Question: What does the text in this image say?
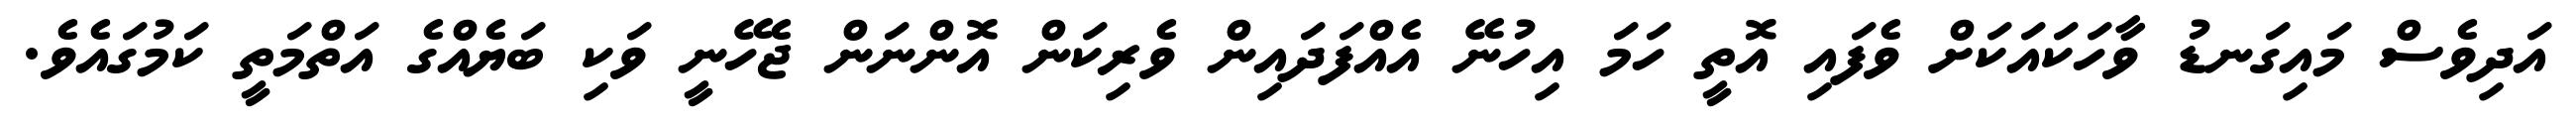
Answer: އަދިވެސް މައިގަނޑު ވާހަކައަކަށް ވެފައި އޮތީ ހަމަ އިހުނޭ އެއްފަދައިން ވެރިކަން އޮންނަން ޖެހޭނީ ވަކި ބަޔެއްގެ އަތްމަތީ ކަމުގައެވެ.